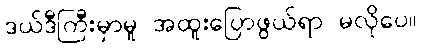
ဒယ်ဒီကြီးမှာမူ အထူးပြောဖွယ်ရာ မလိုပေ။